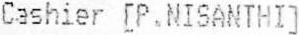
CASHIER [P.NISANTHI]